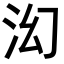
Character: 𬇚